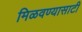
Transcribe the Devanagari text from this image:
मिळवण्यासाटी